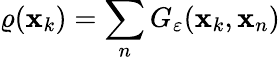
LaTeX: \varrho(\mathbf{x}_{k})=\sum_{n}G_{\varepsilon}(\mathbf{x}_{k},\mathbf{x}_{n})